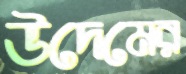
উদেমের